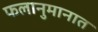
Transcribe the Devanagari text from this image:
फलानुमानात